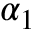
\alpha _ { 1 }